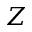
Z